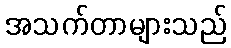
အသက်တာများသည်